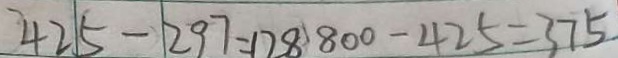
4 2 5 - 2 9 7 = 1 2 8 8 0 0 - 4 2 5 = 3 7 5